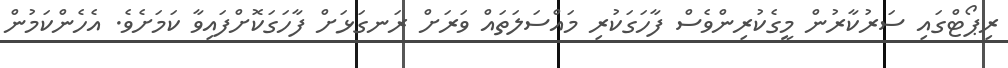
ރިޕޯޓްގައި ސަރުކާރުން މީގެކުރިންވެސް ފާހަގަކުރި މައްސަލަތައް ވަރަށް ރަނގަޅަށް ފާހަގަކޮށްފައިވާ ކަމަށެވެ. އެހެންކަމުން